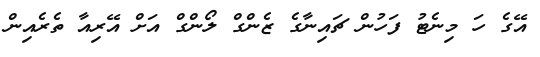
އޭގެ ހަ މިނެޓު ފަހުން ޗައިނާގެ ޒެންގް ލޯންގް އަށް އޭރިއާ ތެރެއިން